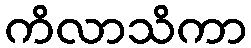
ကိလာသိကာ